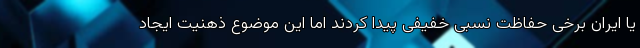
یا ایران برخی حفاظت نسبی خفیفی پیدا کردند اما این موضوع ذهنیت ایجاد